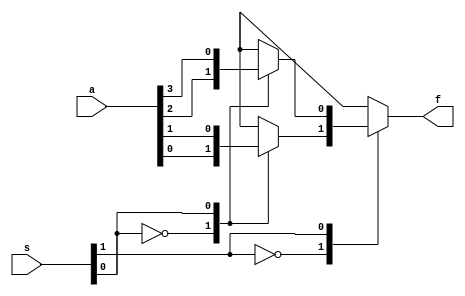
module fourtoone(a,s,f);
	input [3:0] a;
	input [1:0] s;
	output f;
	wire c1,c2;
	
	function twotoone;
		input [1:0] a;
		input s;
		case(s)
			0:twotoone = a[0];
			1:twotoone = a[1];
		endcase
	endfunction
	
	assign c1 = twotoone(a[1:0],s[0]);
	assign c2 = twotoone(a[3:2],s[0]);
	assign f = twotoone({c2,c1},s[1]);
endmodule